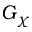
G _ { \chi }